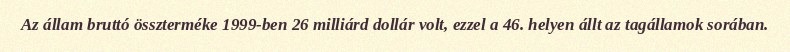
Az állam bruttó összterméke 1999-ben 26 milliárd dollár volt, ezzel a 46. helyen állt az tagállamok sorában.